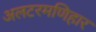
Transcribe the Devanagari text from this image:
अलटरमणिहार